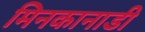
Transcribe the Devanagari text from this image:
मिनकानाडी